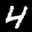
Label: 4